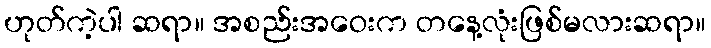
ဟုတ်ကဲ့ပါ ဆရာ။ အစည်းအဝေးက တနေ့လုံးဖြစ်မလားဆရာ။